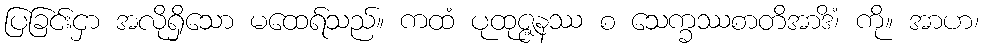
ပြခြင်းငှာ အလိုရှိသော မထေရ်သည်။ ကထံ ပုထုဇ္ဇနဿ စ သေက္ခဿစာတိအာဒိံ၊ ကို။ အာဟ၊